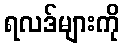
ရလဒ်များကို